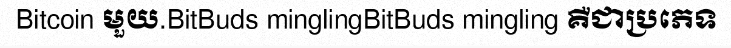
Bitcoin មួយ.BitBuds minglingBitBuds mingling គឺជាប្រភេទ